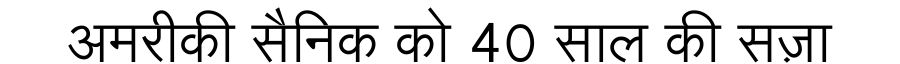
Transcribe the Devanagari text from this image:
अमरीकी सैनिक को 40 साल की सज़ा